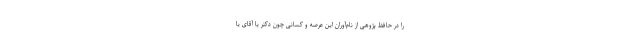
را در حافظ پژوهی از نام‌آوران این عرصه و کسانی چون دکتر یا آقای یا